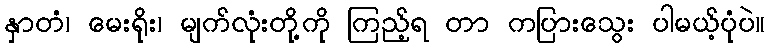
နှာတံ၊ မေးရိုး၊ မျက်လုံးတို့ကို ကြည့်ရ တာ ကပြားသွေး ပါမယ့်ပုံပဲ။